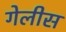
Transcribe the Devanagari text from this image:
गेलीस